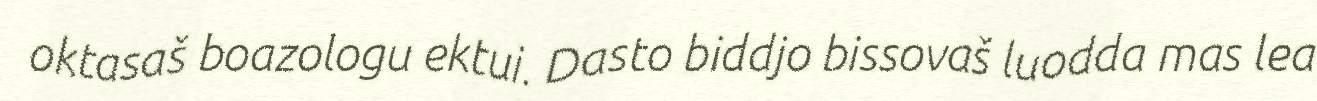
oktasaš boazologu ektui. Dasto biddjo bissovaš luodda mas lea